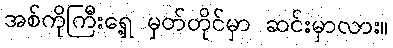
အစ်ကိုကြီးရှေ့ မှတ်တိုင်မှာ ဆင်းမှာလား။